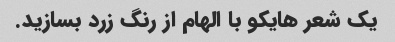
یک شعر هایکو با الهام از رنگ زرد بسازید.